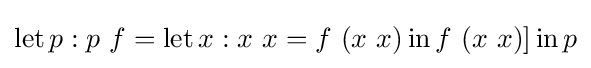
\operatorname {let} p:p\ f=\operatorname {let} x:x\ x=f\ (x\ x)\operatorname {in} f\ (x\ x)]\operatorname {in} p